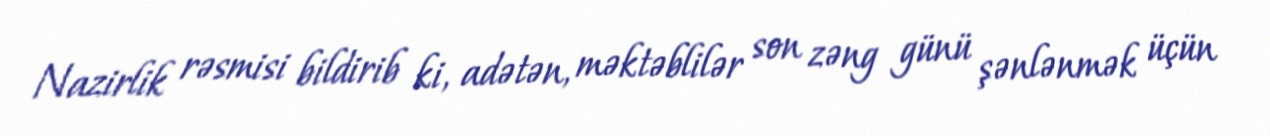
Nazirlik rəsmisi bildirib ki, adətən, məktəblilər son zəng günü şənlənmək üçün